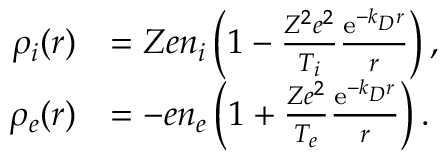
\begin{array} { r l } { \rho _ { i } ( \boldsymbol { r } ) } & { = Z e n _ { i } \left( 1 - \frac { Z ^ { 2 } e ^ { 2 } } { T _ { i } } \frac { \mathrm { e } ^ { - k _ { D } r } } { r } \right) , } \\ { \rho _ { e } ( \boldsymbol { r } ) } & { = - e n _ { e } \left( 1 + \frac { Z e ^ { 2 } } { T _ { e } } \frac { \mathrm { e } ^ { - k _ { D } r } } { r } \right) . } \end{array}